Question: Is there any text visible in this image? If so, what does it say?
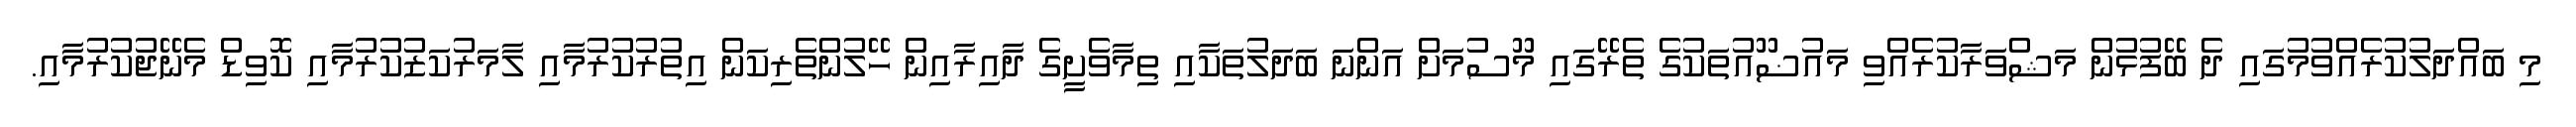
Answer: މި ބައްދަލުކުރެއްވުމުގައި ދެ ބޭފުޅުން މަޝްވަރާކުރެއްވި މައުޟޫއުތަކުގެ ތެރޭގައި މޫސުމަށް އަންނަ ބަދަލުތަކާއި ތިމާވެށީގެ ދާއިރާއިން ހޭލުންތެރިކަން އިތުރުކުރުމާއި ލާމަރުކަޒުކުރުމާއި ކޮވިޑް މެނޭޖުކުރުމާއި.